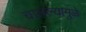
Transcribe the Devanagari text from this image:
चालल्यामुळे